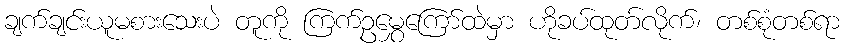
ချက်ချင်းယူမစားသေးပဲ တူကို ကြက်ဥမွှေကြော်ထဲမှာ ဟိုခပ်ထုတ်လိုက်၊ တစ်စုံတစ်ရာ